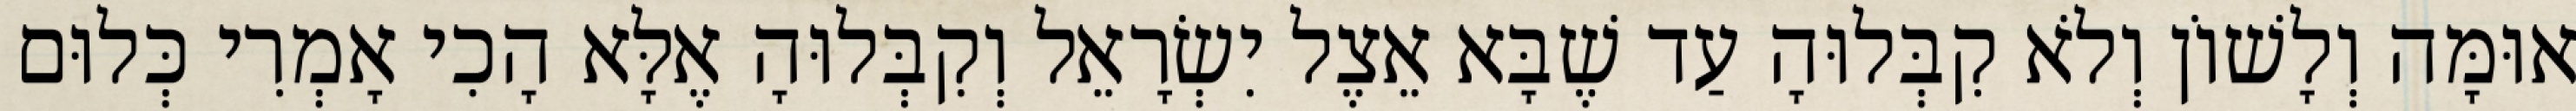
אוּמָּה וְלָשׁוֹן וְלֹא קִבְּלוּהָ עַד שֶׁבָּא אֵצֶל יִשְׂרָאֵל וְקִבְּלוּהָ אֶלָּא הָכִי אָמְרִי כְּלוּם